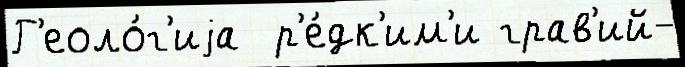
Г'еоло́г'иjа  р'е́дк'им'и грав'ий-